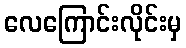
လေကြောင်းလိုင်းမှ